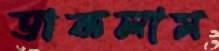
ডাকলাম